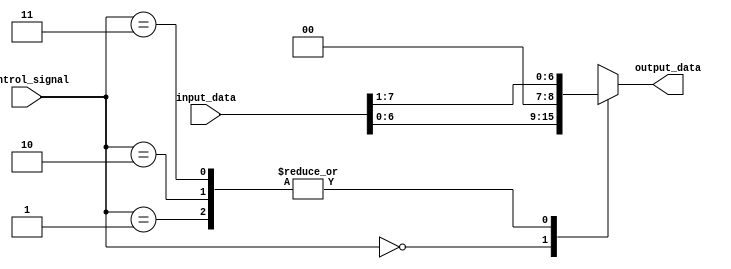
module Barrel_Shifter (
    input wire [7:0] input_data,
    input wire [1:0] control_signal,
    output reg [7:0] output_data
);

always @(*) begin
    case(control_signal)
        2'b00: output_data = input_data << 1; // logical shift left
        2'b01: output_data = input_data >> 1; // logical shift right
        2'b10: output_data = input_data >>> 1; // arithmetic shift left
        2'b11: output_data = input_data >>> 1; // arithmetic shift right
    endcase
end

endmodule